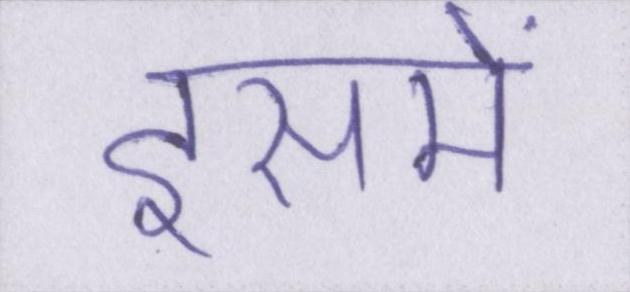
इसमें